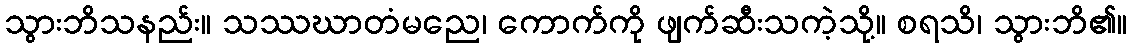
သွားဘိသနည်း။ သဿဃာတံမညေ၊ ကောက်ကို ဖျက်ဆီးသကဲ့သို့။ စရသိ၊ သွားဘိ၏။